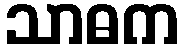
သာဓက